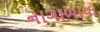
નાગાબાવા